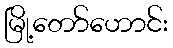
မြို့တော်ဟောင်း